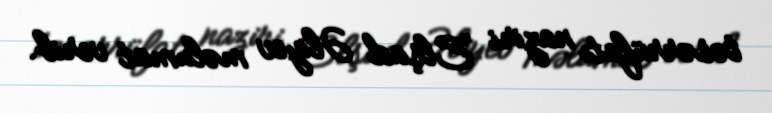
təsərrüfatı naziri Elşad Əliyev məlumat verib.